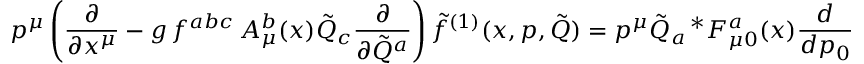
p ^ { \mu } \left( { \frac { \partial } { \partial x ^ { \mu } } } - g \, f ^ { a b c } \, A _ { \mu } ^ { b } ( x ) { \tilde { Q } } _ { c } { \frac { \partial } { \partial { \tilde { Q } } ^ { a } } } \right) { \tilde { f } } ^ { ( 1 ) } ( x , p , { \tilde { Q } } ) = p ^ { \mu } { \tilde { Q } } _ { a } \, ^ { * } F _ { \mu 0 } ^ { a } ( x ) { \frac { d } { d p _ { 0 } } } { \tilde { f } } ^ { ( 0 ) } ( p _ { 0 } ) \ .